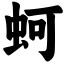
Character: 蚵